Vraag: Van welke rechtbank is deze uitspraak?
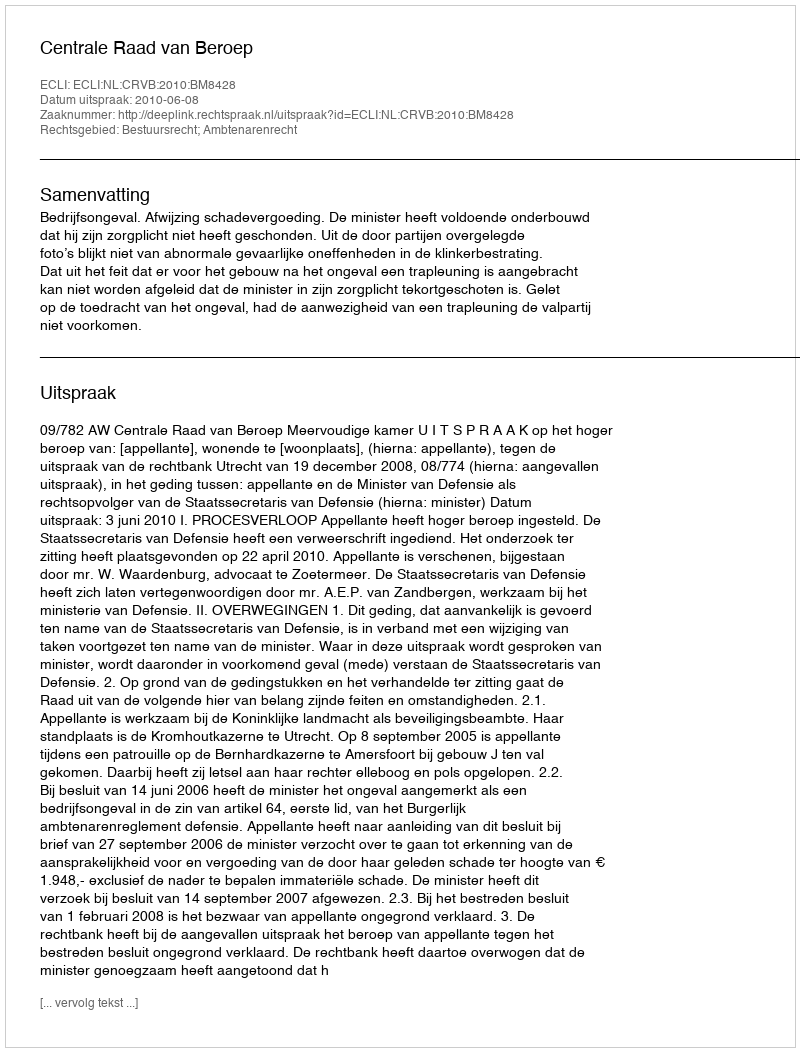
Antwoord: Centrale Raad van Beroep